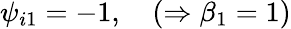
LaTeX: \psi_{i1}=-1,\quad(\Rightarrow\beta_{1}=1)